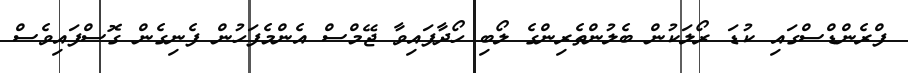
ފްރެންޑްސްގައި ކުޑަ ރޯލަކުން ބެލުންތެރިންގެ ލޯބި ހޯދާފައިވާ ޖޭމްސް އެންމެފަހުން ފެނިގެން ގޮސްފައިވެސް